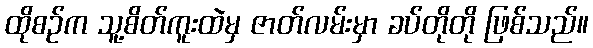
ထိုစဉ်က သူ့စိတ်ကူးထဲမှ ဇာတ်လမ်းမှာ ခပ်တိုတို ဖြစ်သည်။